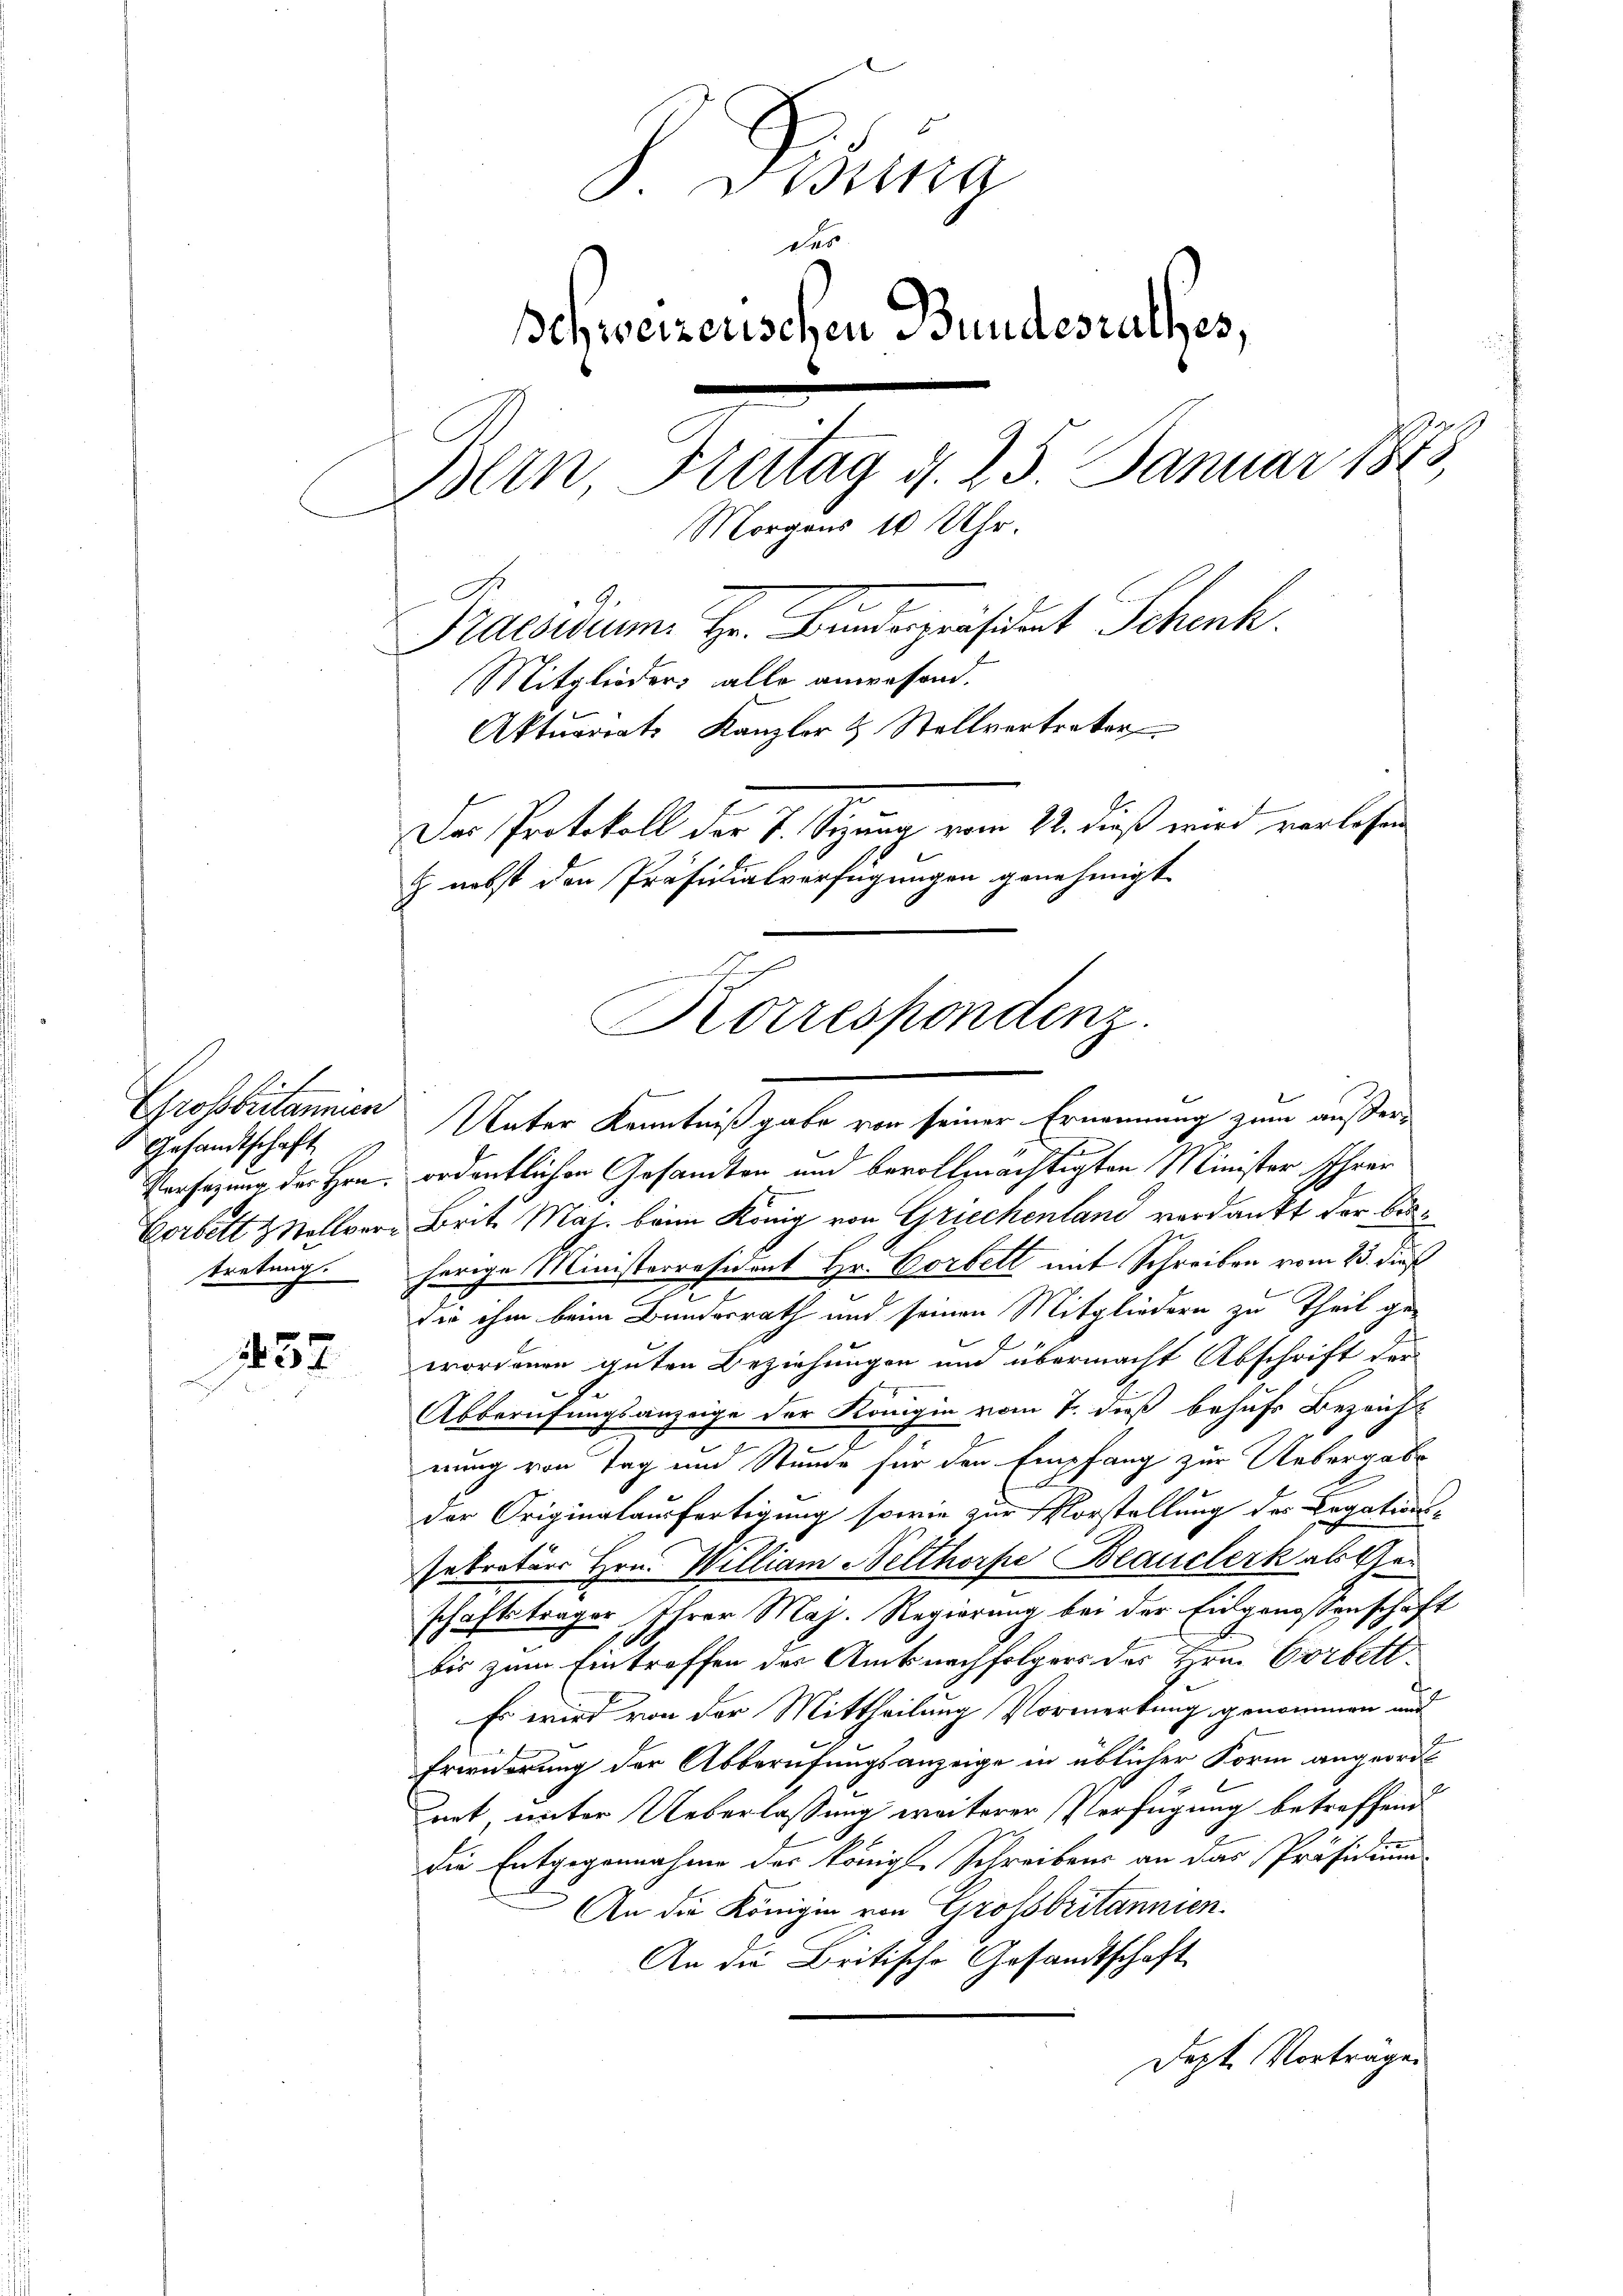
452

P. Bising
des
Schweizerischen Bundesrathes,
Bein Freitag d. 25. Januar 1873
Morgens 10 Uhr.
Praesidium. Hr. Bundespräsident Schenk.
Mitglieder, alle anwesend.
Aktuariats Kanzler & Stellvertreter
Das Protokoll der J. Sizung vom 22. dieß wird verlesen
z nebst den Präsidialverfügungen genehmigt.

Gesandtschaft
tretung.

Korrespondenz.

Grossbritannien Unter Kenntniß gabe von seiner Ernennung zum außer¬
Versagung des Hrn. ordentlichen Gesandten und bevollmächtigten Minister Ihrer
Verbett & Stellver Brit. Maj. beim König von Griechenland verdankt der bisherige Ministerresident Hr. Corbelt mit Schreiben vom 23. dieß
.
die ihm beim Bundesrath und seinen Mitgliedern zu Theil ge-
wordenen guten Beziehungen und übermacht Abschrift der
Abberufungsanzeige der Königin vom 7. dieß behufs Bezeicht
nung von Tag und Stunde für den Empfang zur Uebergabe
der Originalausfertigung sowie zur Vorstellung des Legations-
Retraturs Hrn. William Velthorpe Blanclerk als Geschaftsträger Ihrer Maj. Regierung bei der Eidgenossenschaft
.
bis zum Eintroffen des Amtsnachfolgers des Hrn. Corbitt
Es wird von der Mittheilung Vormerkung genommen und
Erwiderung der Abberufungsanzeige in üblicher Form angeord
ert, unter Ueberlassung weiterer Verfügung betreffend
die Entgegennahme der Königl. Schreibens an das Präsidium
An die Königin von Grossbritannien.
An die Britische Gesandtschaft
Dept. Vorträgen